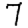
Digit: 7